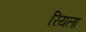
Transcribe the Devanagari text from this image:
रियला